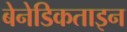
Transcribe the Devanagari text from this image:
बेनेडिकताइन